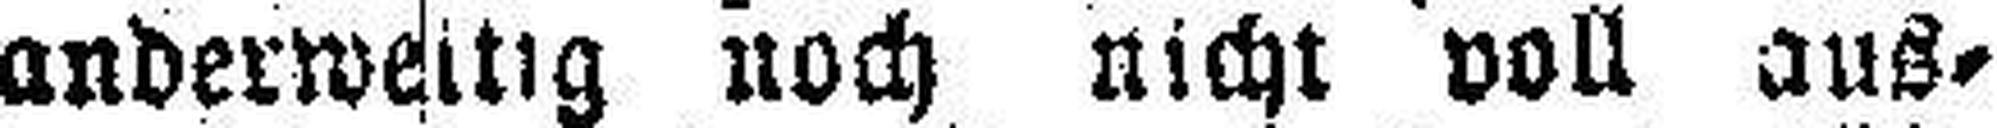
anderweitig noch nicht voll aus¬